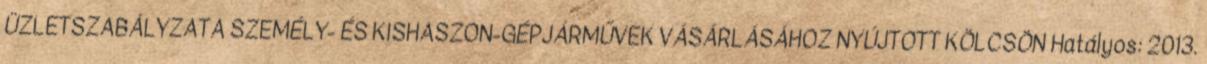
ÜZLETSZABÁLYZATA SZEMÉLY- ÉS KISHASZON-GÉPJÁRMŰVEK VÁSÁRLÁSÁHOZ NYÚJTOTT KÖLCSÖN Hatályos: 2013.